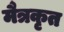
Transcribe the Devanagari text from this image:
मैत्रकृत